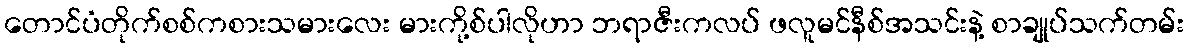
တောင်ပံတိုက်စစ်ကစားသမားလေး မားကို့စ်ပါလိုဟာ ဘရာဇီးကလပ် ဖလူမင်နီစ်အသင်းနဲ့ စာချုပ်သက်တမ်း